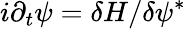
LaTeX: i\partial_{t}\psi=\delta H/\delta\psi^{*}